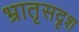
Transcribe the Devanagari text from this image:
भ्रातृसदृश